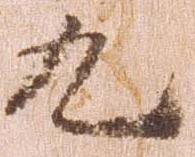
九